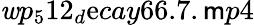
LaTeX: \mathit{w}p_{5}12_{d}\mathrm{e}cay66.7.\mathsf{m}p4